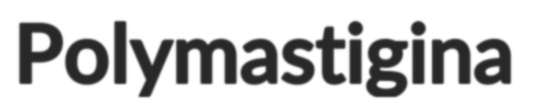
Polymastigina